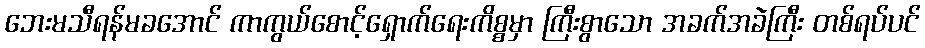
ဘေးမသီရန်မခအောင် ကာကွယ်စောင့်ရှောက်ရေးကိစ္စမှာ ကြီးစွာသော အခက်အခဲကြီး တစ်ရပ်ပင်